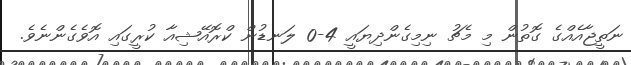
ނަތީޖާއެއްގެ ގޮތުން މި މެޗު ނިމިގެންދިޔައީ 4-0 ލަނޑުން ކްރޮއޭޝިއާ ކުރީގައި އޮވެގެންނެވެ.